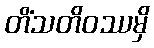
တိံသတိဝဿမှိ